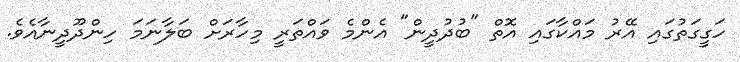
ހަގީގަތުގައި އޭރު މައްކާގައި އޮތް "ބުދުދީން" އެންމެ ވައްތަރީ މިހާރަށް ބަލާނަމަ ހިންދޫދީނާއެވެ.